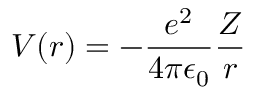
V ( r ) = - \frac { e ^ { 2 } } { 4 \pi \epsilon _ { 0 } } \frac { Z } { r }